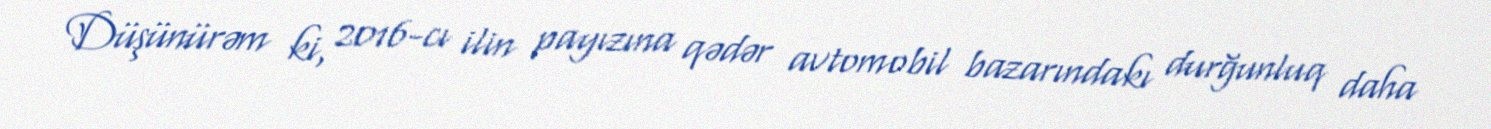
Düşünürəm ki, 2016-cı ilin payızına qədər avtomobil bazarındakı durğunluq daha